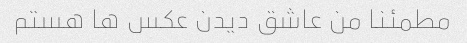
مطمئنا من عاشق دیدن عکس ها هستم